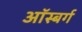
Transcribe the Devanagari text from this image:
ऑस्बर्ग